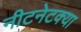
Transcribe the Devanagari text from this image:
नीटनेटक्या